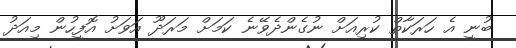
ބުނީ އެ ހަރަކާތް ކުރިއަށް ނުގެންދެވޭނެ ކަމަށް މަރަދޫ އަވަށު އޮފީހުން މިއަދު